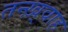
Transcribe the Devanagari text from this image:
तन्ख़्वाह